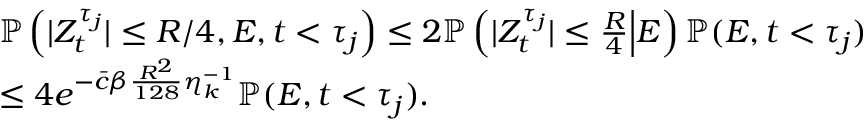
\begin{array} { r l } & { \mathbb { P } \left( | Z _ { t } ^ { \tau _ { j } } | \le R / 4 , E , t < \tau _ { j } \right) \le 2 \mathbb { P } \left( | Z _ { t } ^ { \tau _ { j } } | \leq \frac { R } { 4 } \Big | E \right) \mathbb { P } ( E , t < \tau _ { j } ) } \\ & { \le 4 e ^ { - \bar { c } \beta \frac { R ^ { 2 } } { 1 2 8 } \eta _ { k } ^ { - 1 } } \mathbb { P } ( E , t < \tau _ { j } ) . } \end{array}